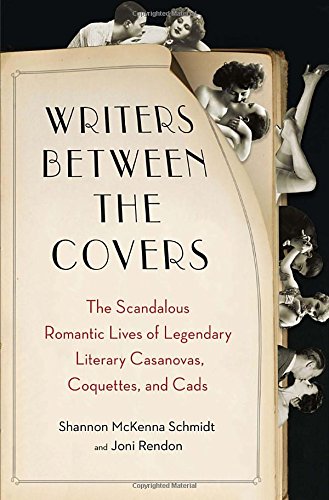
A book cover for Writers Between the Covers: The Scandalous Romantic Lives of Legendary Literary Casanovas, Coquettes, and Cads; Joni Rendon; Romance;